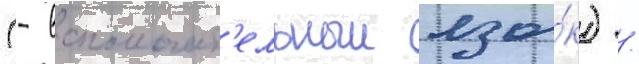
(- вспомогат'ельныи язы́к) /